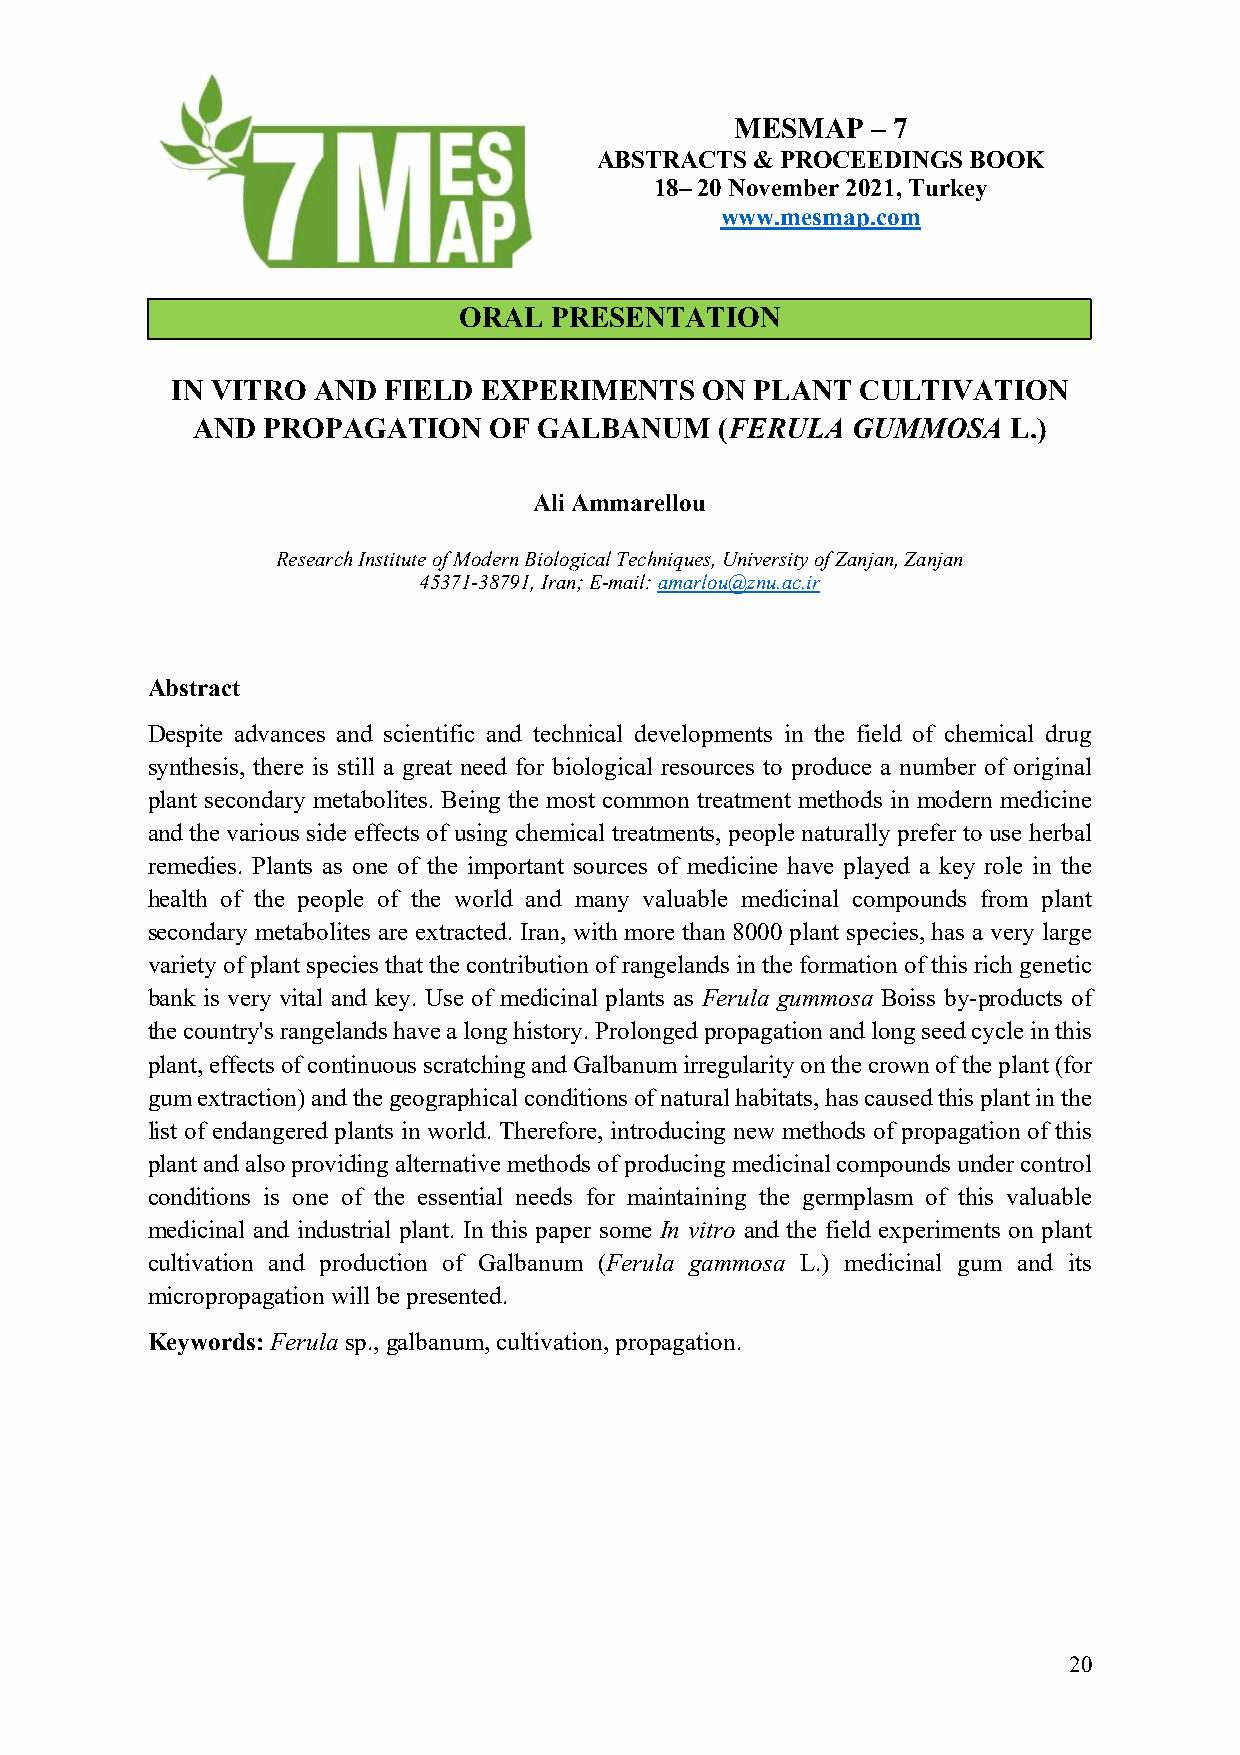
MESMAP   – 7
 ABSTRACTS  & PROCEEDINGS BOOK
 18– 20 November 2021, Turkey
 www.mesmap.com
 ORAL  PRESENTATION
 IN VITRO  AND FIELD  EXPERIMENTS   ON  PLANT  CULTIVATION
 AND PROPAGATION    OF  GALBANUM    (FERULA GUMMOSA    L.)
 Ali Ammarellou
 Research Institute of Modern Biological Techniques, University of Zanjan, Zanjan
 45371-38791, Iran; E-mail: amarlou@znu.ac.ir
 Abstract
 Despite advances and scientific and technical developments in the field of chemical drug
 synthesis, there is still a great need for biological resources to produce a number of original
 plant secondary metabolites. Being the most common treatment methods in modern medicine
 and the various side effects of using chemical treatments, people naturally prefer to use herbal
 remedies. Plants as one of the important sources of medicine have played a key role in the
 health of the people of the world and many valuable medicinal compounds from plant
 secondary metabolites are extracted. Iran, with more than 8000 plant species, has a very large
 variety of plant species that the contribution of rangelands in the formation of this rich genetic
 bank is very vital and key. Use of medicinal plants as Ferula gummosa Boiss by-products of
 the country's rangelands have a long history. Prolonged propagation and long seed cycle in this
 plant, effects of continuous scratching and Galbanum irregularity on the crown of the plant (for
 gum extraction) and the geographical conditions of natural habitats, has caused this plant in the
 list of endangered plants in world. Therefore, introducing new methods of propagation of this
 plant and also providing alternative methods of producing medicinal compounds under control
 conditions is one of the essential needs for maintaining the germplasm of this valuable
 medicinal and industrial plant. In this paper some In vitro and the field experiments on plant
 cultivation and production of Galbanum (Ferula gammosa L.) medicinal gum and its
 micropropagation will be presented.
 Keywords: Ferula sp., galbanum, cultivation, propagation.
 20